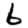
Digit: 6